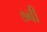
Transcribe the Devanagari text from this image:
७बी